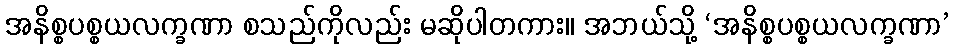
အနိစ္စပစ္စယလက္ခဏာ စသည်ကိုလည်း မဆိုပါတကား။ အဘယ်သို့ ‘အနိစ္စပစ္စယလက္ခဏာ’